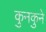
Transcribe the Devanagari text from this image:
कुनकुने